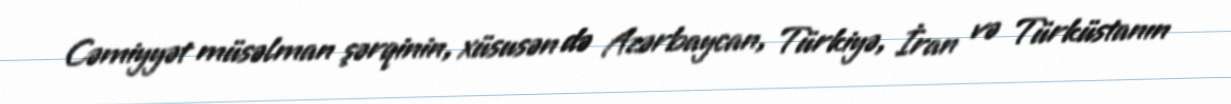
Cəmiyyət müsəlman şərqinin, xüsusən də Azərbaycan, Türkiyə, İran və Türküstanın